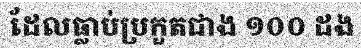
ដែលធ្លាប់ប្រកួតជាង ១០០ ដង